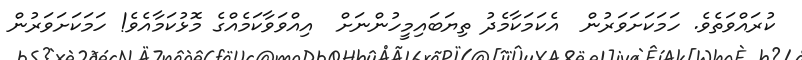
ކުރައްވަތެވެ. ހަމަކަށަވަރުން  އެކަމަކާމެދު ތިޔަބައިމީހުންނަށް  އިއްވަވާކަމެއްގެ މޮޅުކަމާއެވެ! ހަމަކަށަވަރުން